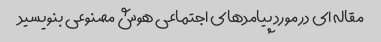
مقاله ای در مورد پیامدهای اجتماعی هوش مصنوعی بنویسید